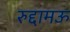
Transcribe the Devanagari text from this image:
रुद्दामऊ